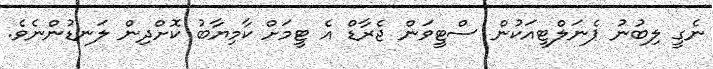
ނެގީ ލިބުނު ޕެނަލްޓީއަކުން ސްޓީވަން ޖެރާޑް އެ ޓީމަށް ކާމިޔާބު ކޮށްދިން ލަނޑުންނެވެ.